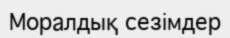
Моралдық сезімдер